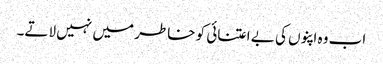
اب وہ اپنوں کی بے اعتنائی کو خاطر میں نہیں لاتے۔